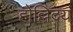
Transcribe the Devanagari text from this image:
होल्लिदय